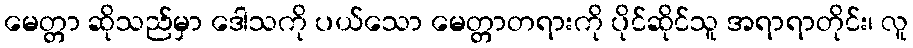
မေတ္တာ ဆိုသည်မှာ ဒေါသကို ပယ်သော မေတ္တာတရားကို ပိုင်ဆိုင်သူ အရာရာတိုင်း၊ လူ